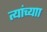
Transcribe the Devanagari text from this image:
त्यांच्याा